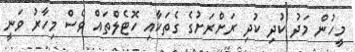
މީހުން މަދު ކުދި ކުދި ރަށްރަށުގެ ގެތަކާއި ހޮޓެލްތައް ވެސް މިހާރު ވަނީ